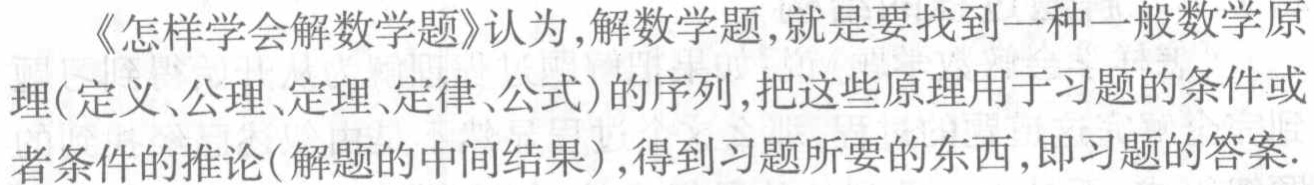
《怎样学会解数学题》认为,解数学题,就是要找到一种一般数学原理(定义、公理、定理、定律、公式)的序列,把这些原理用于习题的条件或者条件的推论(解题的中间结果),得到习题所要的东西,即习题的答案.